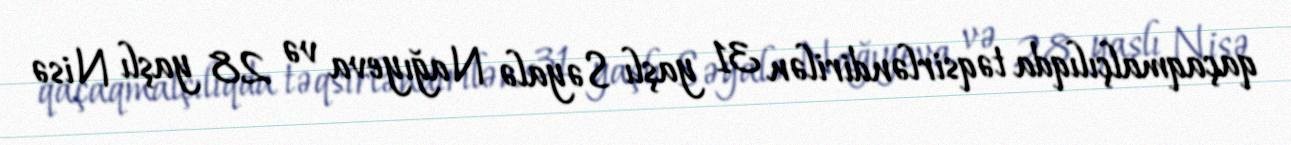
qaçaqmalçılıqda təqsirləndirilən 31 yaşlı Səyalə Nağıyeva və 28 yaşlı Nisə